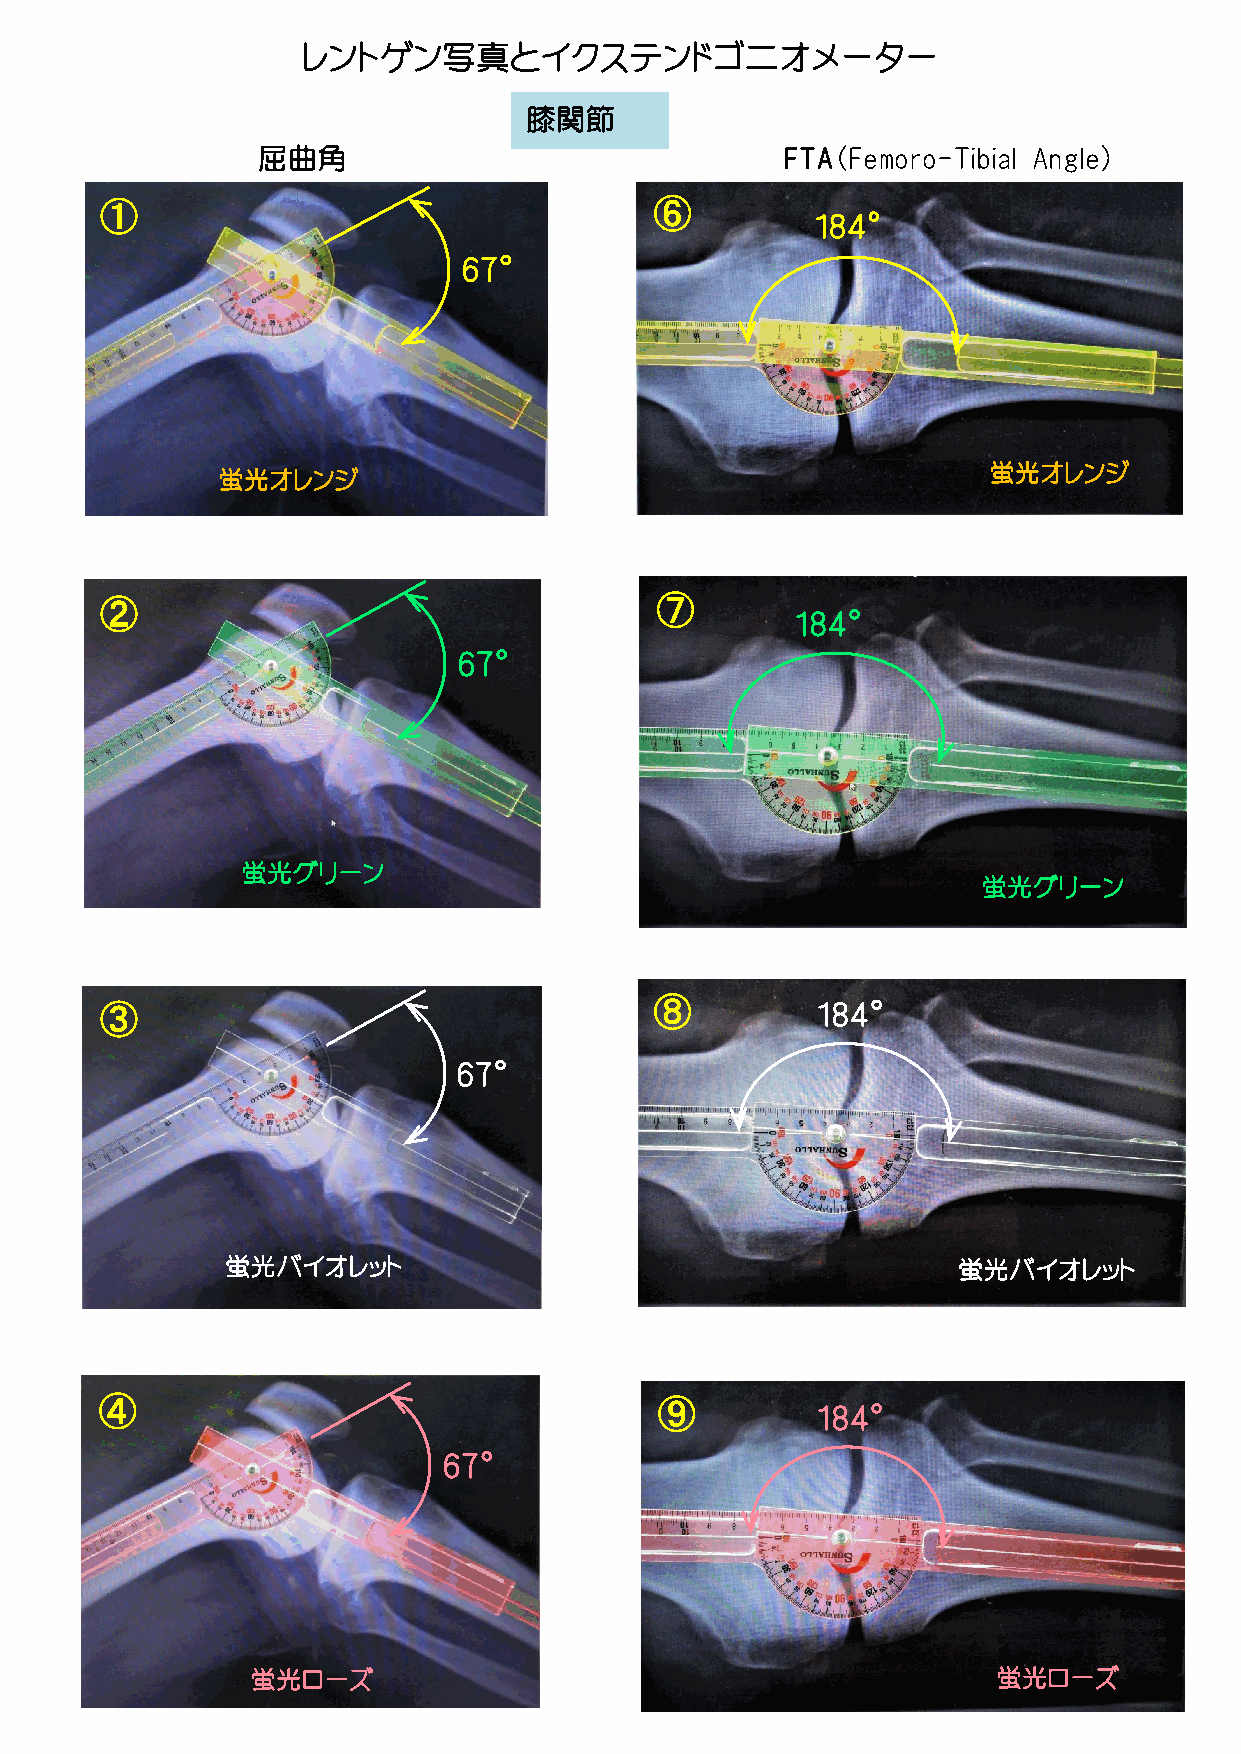
レントゲン写真とイクステンドゴニオメーター
 膝関節
 屈曲角                                FTA（Femoro-Tibial Angle）
 ①                                   ⑥
 184°
 67°
 蛍光オレンジ
 蛍光オレンジ
 ②                                   ⑦
 184°
 67°
 蛍光グリーン
 蛍光グリーン
 ③                                   ⑧          184°
 67°
 蛍光バイオレット                                        蛍光バイオレット
 ④                                    ⑨
 184°
 67°
 蛍光ローズ                                            蛍光ローズ